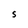
Character: S